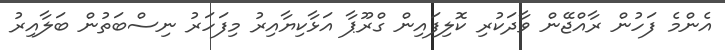
އެންމެ ފަހުން ރާއްޖޭން ވާދަކުރި ކޮލިފައިން ގްރޫޕާ އަޅާކިޔާއިރު މިފަހަރު ނިސްބަތުން ބަލާއިރު